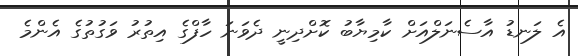
އެ ލަނޑު އާސެނަލްއަށް ކާމިޔާބު ކޮށްދިނީ ދެވަނަ ހާފްގެ އިތުރު ވަގުތުގެ އެންމެ